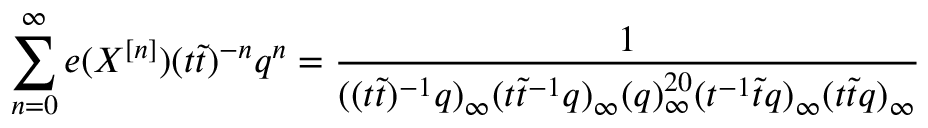
\sum _ { n = 0 } ^ { \infty } e ( X ^ { [ n ] } ) ( t \tilde { t } ) ^ { - n } q ^ { n } = \frac { 1 } { ( ( t \tilde { t } ) ^ { - 1 } q ) _ { \infty } ( t \tilde { t } ^ { - 1 } q ) _ { \infty } ( q ) _ { \infty } ^ { 2 0 } ( t ^ { - 1 } \tilde { t } q ) _ { \infty } ( t \tilde { t } q ) _ { \infty } }